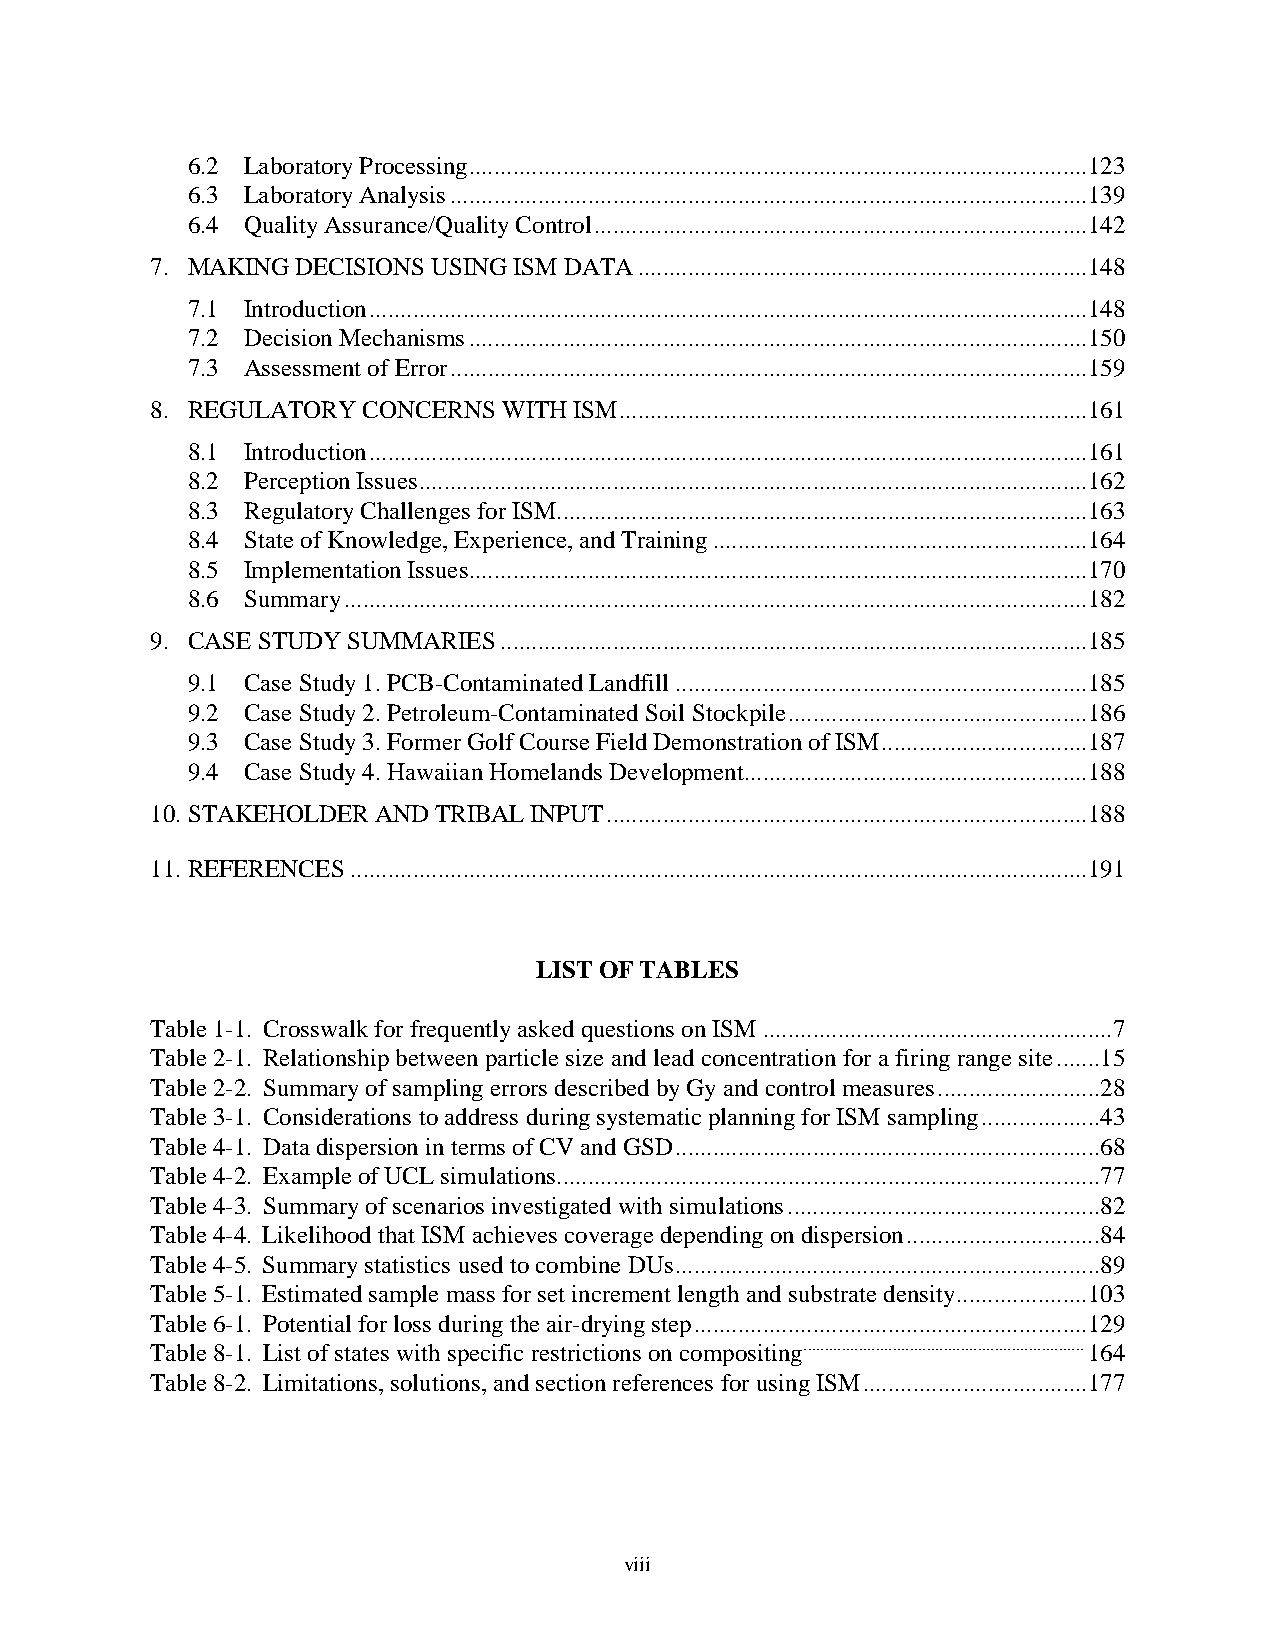
6.2 Laboratory Processing ...................................................................................................123
 6.3 Laboratory Analysis ......................................................................................................139
 6.4 Quality Assurance/Quality Control ...............................................................................142
 7. MAKING DECISIONS USING ISM DATA ........................................................................148
 7.1 Introduction ...................................................................................................................148
 7.2 Decision Mechanisms ...................................................................................................150
 7.3 Assessment of Error ......................................................................................................159
 8. REGULATORY CONCERNS WITH ISM ...........................................................................161
 8.1 Introduction ...................................................................................................................161
 8.2 Perception Issues ...........................................................................................................162
 8.3 Regulatory Challenges for ISM.....................................................................................163
 8.4 State of Knowledge, Experience, and Training ............................................................164
 8.5 Implementation Issues ...................................................................................................170
 8.6 Summary .......................................................................................................................182
 9. CASE STUDY SUMMARIES ..............................................................................................185
 9.1 Case Study 1. PCB-Contaminated Landfill ..................................................................185
 9.2 Case Study 2. Petroleum-Contaminated Soil Stockpile ................................................186
 9.3 Case Study 3. Former Golf Course Field Demonstration of ISM .................................187
 9.4 Case Study 4. Hawaiian Homelands Development.......................................................188
 10. STAKEHOLDER AND TRIBAL INPUT .............................................................................188
 11. REFERENCES ......................................................................................................................191
 LIST OF TABLES
 Table 1-1. Crosswalk for frequently asked questions on ISM ........................................................7
 Table 2-1. Relationship between particle size and lead concentration for a firing range site .......15
 Table 2-2. Summary of sampling errors described by Gy and control measures ..........................28
 Table 3-1. Considerations to address during systematic planning for ISM sampling ...................43
 Table 4-1. Data dispersion in terms of CV and GSD ....................................................................68
 Table 4-2. Example of UCL simulations .......................................................................................77
 Table 4-3. Summary of scenarios investigated with simulations ..................................................82
 Table 4-4. Likelihood that ISM achieves coverage depending on dispersion ...............................84
 Table 4-5. Summary statistics used to combine DUs ....................................................................89
 Table 5-1. Estimated sample mass for set increment length and substrate density .....................103
 Table 6-1. Potential for loss during the air-drying step ...............................................................129
 Table 8-1. List of states with specific restrictions on compositing .................................................................. 164
 Table 8-2. Limitations, solutions, and section references for using ISM ....................................177
 viii